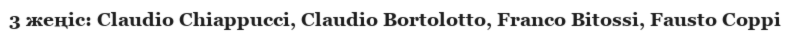
3 жеңіс: Claudio Chiappucci, Claudio Bortolotto, Franco Bitossi, Fausto Coppi